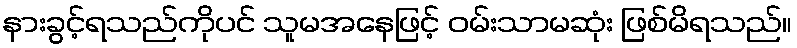
နားခွင့်ရသည်ကိုပင် သူမအနေဖြင့် ဝမ်းသာမဆုံး ဖြစ်မိရသည်။